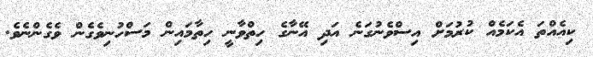
ކިއެއްތަ އެކަމެއް ކުރުމަށް އިސްވެނުގަނެ އަދި އޭނާގެ ހިތްވާނީ ހިތާމައިން މަސްހުނިވެގެން ވެގެންނެވެ.